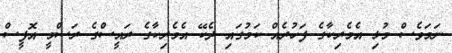
ނަަމަވެސް މުޅި އެމެރިކާގެ ފަހުރެއް ކަމުގައި ދެކޭ އެމެރިކާގެ ރައީސްގެ ރަސްމީ އޮފީސް